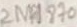
Text: 2N4870